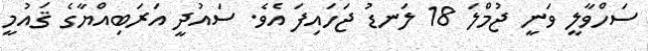
ސަހްވާލީ ވަނީ ޖުމްލަ 18 ލަނޑު ޖަހައިފަ އެވެ. ސައުދީ އަރަބިއްޔާގެ ޤައުމީ